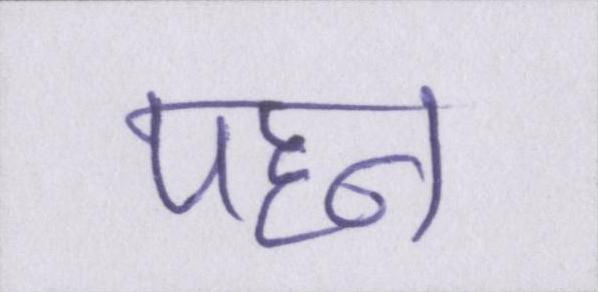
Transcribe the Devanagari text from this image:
पहन